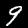
Digit: 9